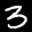
Label: 3